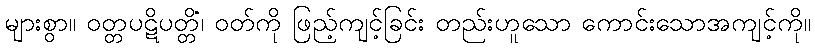
များစွာ။ ဝတ္တပဋိပတ္တိံ၊ ဝတ်ကို ဖြည့်ကျင့်ခြင်း တည်းဟူသော ကောင်းသောအကျင့်ကို။